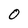
Character: O